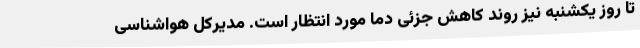
تا روز یکشنبه نیز روند کاهش جزئی دما مورد انتظار است. مدیرکل هواشناسی